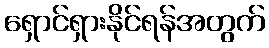
ရှောင်ရှားနိုင်ရန်အတွက်